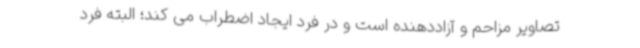
تصاویر مزاحم و آزاددهنده است و در فرد ایجاد اضطراب می کند؛ البته فرد